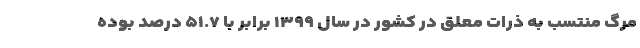
مرگ منتسب به ذرات معلق در کشور در سال ۱۳۹۹ برابر با ۵۱.۷ درصد بوده